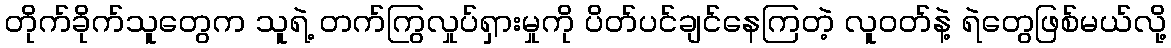
တိုက်ခိုက်သူတွေက သူရဲ့ တက်ကြွလှုပ်ရှားမှုကို ပိတ်ပင်ချင်နေကြတဲ့ လူဝတ်နဲ့ ရဲတွေဖြစ်မယ်လို့